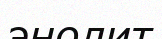
энолит